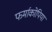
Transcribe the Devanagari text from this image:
फर्माकोपिया